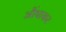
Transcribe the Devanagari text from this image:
औंधाकर